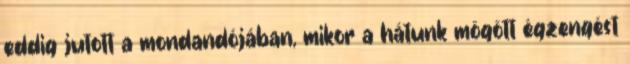
eddig jutott a mondandójában, mikor a hátunk mögött égzengést